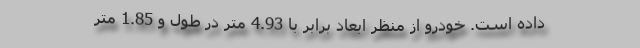
داده است. خودرو از منظر ابعاد برابر با 4.93 متر در طول و 1.85 متر